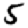
Digit: 5